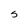
Character: S